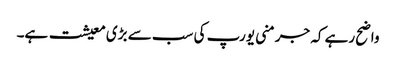
واضح رہے کہ جرمنی یورپ کی سب سے بڑی معیشت ہے۔